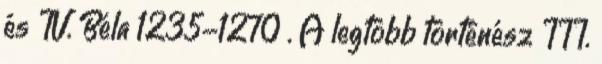
és IV. Béla 1235-1270 . A legtöbb történész III.